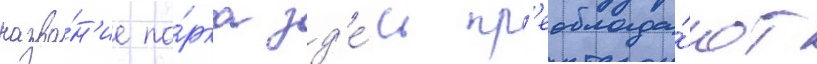
назва́н'ие па́рка зд'е́сь пр'еоблада́ют